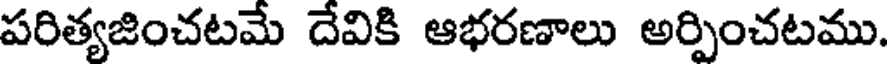
పరిత్యజించటమే దేవికి ఆభరణాలు అర్పించటము.